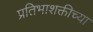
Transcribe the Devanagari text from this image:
प्रतिभाशक्तीच्या